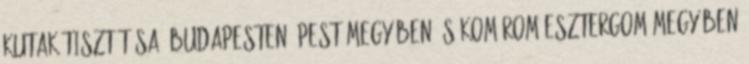
kutak tisztítása, Budapesten, Pest megyében és Komárom Esztergom megyében